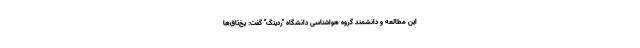
این مطالعه و دانشمند گروه هواشناسی دانشگاه "ردینگ" گفت: یخ‌تاق‌ها